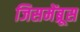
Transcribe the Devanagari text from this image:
जिसमेंब्रूस